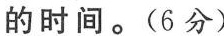
的时间。(6分)